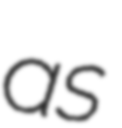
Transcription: as